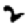
Digit: 2